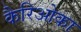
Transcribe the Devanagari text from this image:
कैरिओका